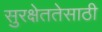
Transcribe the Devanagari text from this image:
सुरक्षेततेसाठी